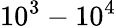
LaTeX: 10^{3}-10^{4}